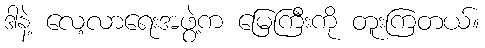
ဒါနဲ့ လေ့လာရေးအဖွဲ့က မြေကြီးကို တူးကြတယ်။